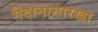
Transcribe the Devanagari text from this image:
मैदानासारखा